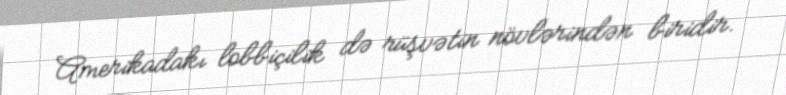
Amerikadakı lobbiçilik də rüşvətin növlərindən biridir.